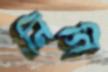
নিগি